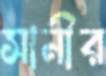
সানীর